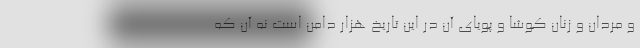
و مردان و زنان کوشا و پویای آن در این تاریخ هزار دامن است نه آن که